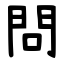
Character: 問